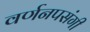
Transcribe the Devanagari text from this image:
वर्णनपसंगी